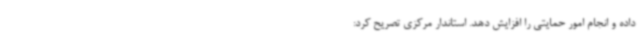
داده و انجام امور حمایتی را افزایش دهد. استاندار مرکزی تصریح کرد: